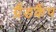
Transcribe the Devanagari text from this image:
ग्रैंडकैंप